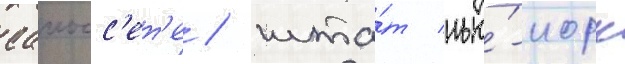
саиосс'ет'е / шта́т нью́-иорк